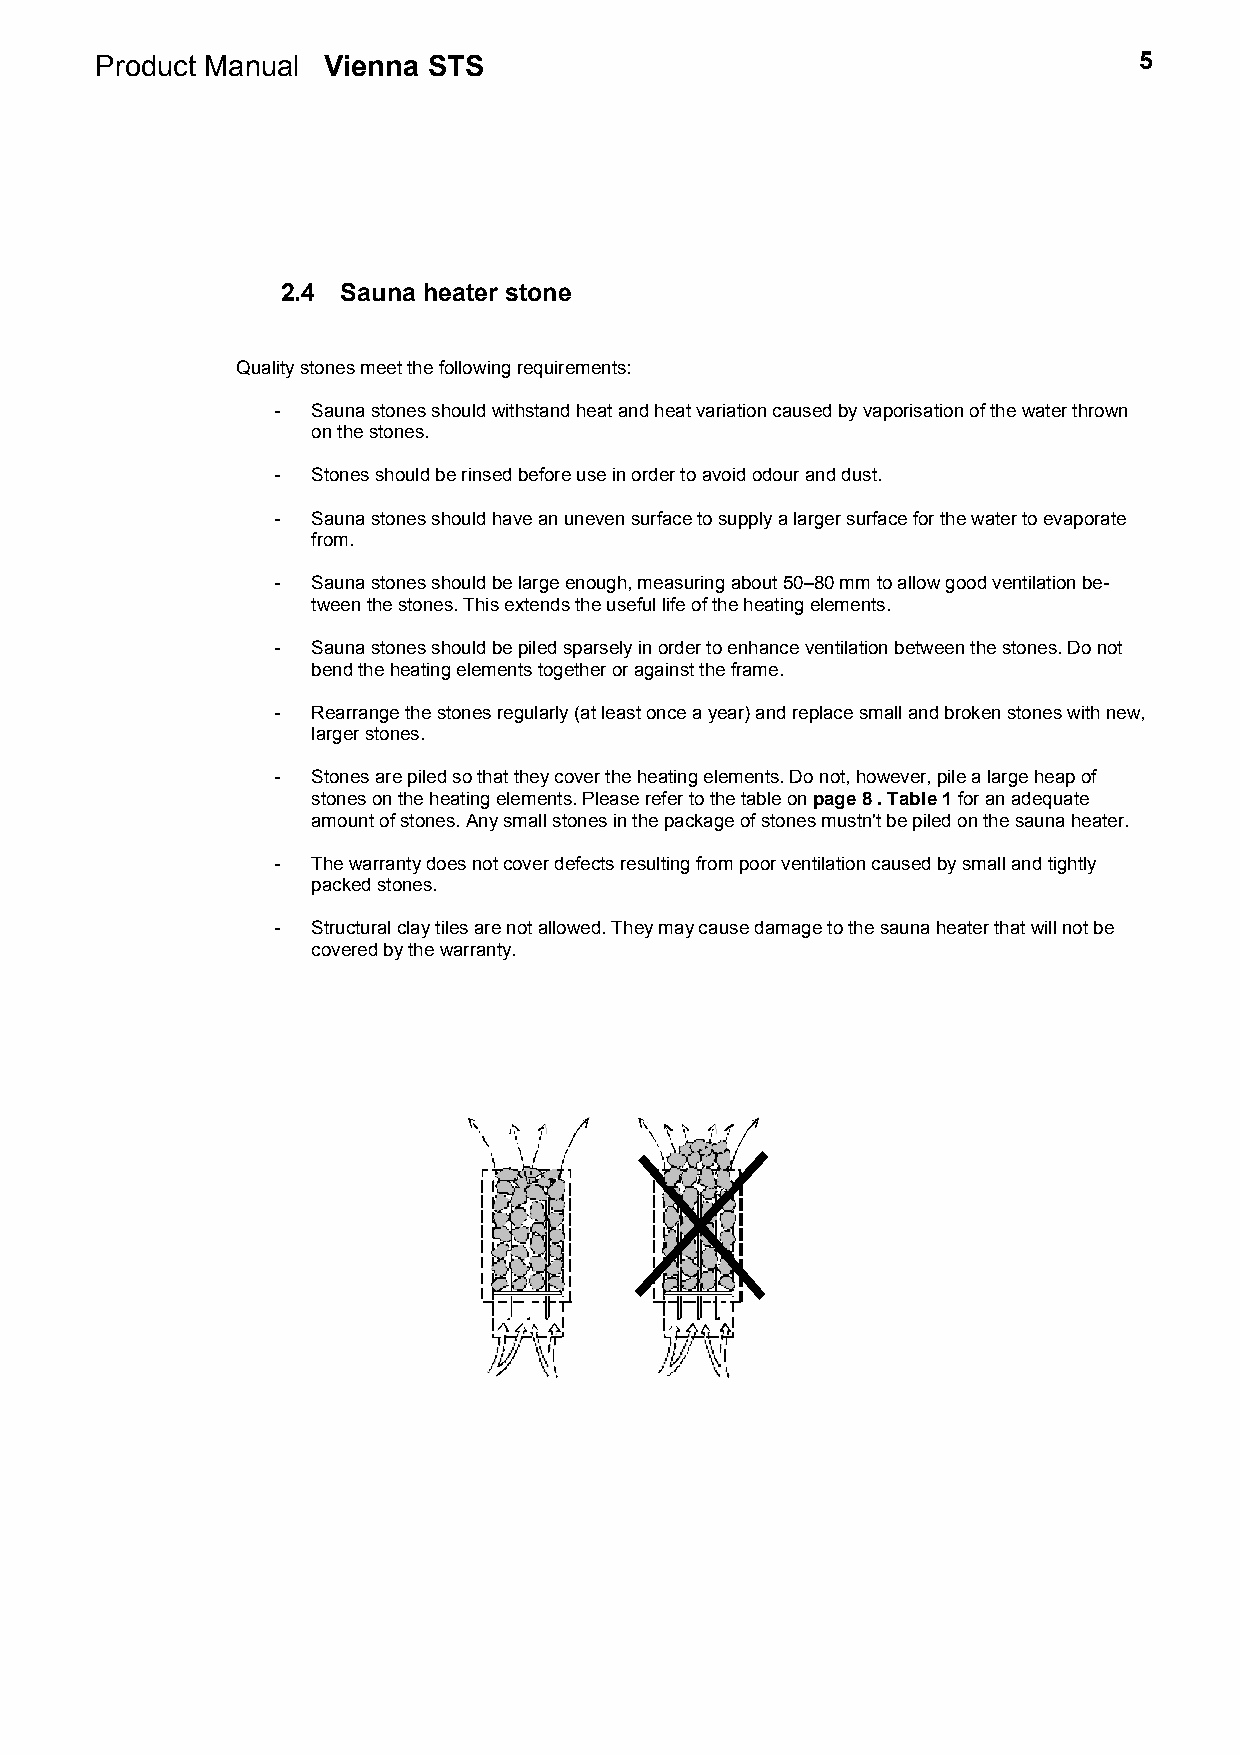
Product Manual Vienna STS                                            5
 2.4 Sauna heater stone
 Quality stones meet the following requirements:
 -  Sauna stones should withstand heat and heat variation caused by vaporisation of the water thrown
 on the stones.
 -  Stones should be rinsed before use in order to avoid odour and dust.
 -  Sauna stones should have an uneven surface to supply a larger surface for the water to evaporate
 from.
 -  Sauna stones should be large enough, measuring about 50–80 mm to allow good ventilation be-
 tween the stones. This extends the useful life of the heating elements.
 -  Sauna stones should be piled sparsely in order to enhance ventilation between the stones. Do not
 bend the heating elements together or against the frame.
 -  Rearrange the stones regularly (at least once a year) and replace small and broken stones with new,
 larger stones.
 -  Stones are piled so that they cover the heating elements. Do not, however, pile a large heap of
 stones on the heating elements. Please refer to the table on page 8 . Table 1 for an adequate
 amount of stones. Any small stones in the package of stones mustn't be piled on the sauna heater.
 -  The warranty does not cover defects resulting from poor ventilation caused by small and tightly
 packed stones.
 -  Structural clay tiles are not allowed. They may cause damage to the sauna heater that will not be
 covered by the warranty.